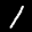
Label: 1